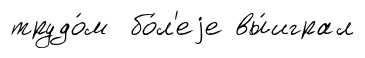
трудо́м бо́л'еjе вы́играл